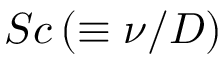
S c \left( \equiv \nu / D \right)